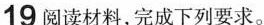
19阅读材料，完成下列要求。